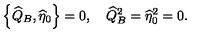
\left\{ \widehat { Q } _ { B } , \widehat { \eta } _ { 0 } \right\} = 0 , \quad \widehat { Q } _ { B } ^ { 2 } = \widehat { \eta } _ { 0 } ^ { 2 } = 0 .